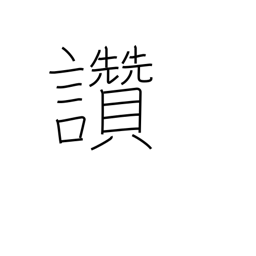
Meaning: picture title